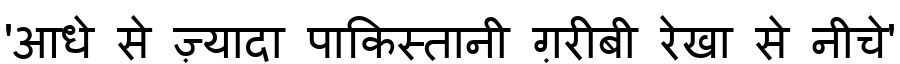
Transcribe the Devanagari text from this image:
'आधे से ज़्यादा पाकिस्तानी ग़रीबी रेखा से नीचे'